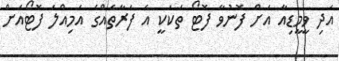
އަދި ވީމީޑިއާ އަށް ފޮނުވާ ފޮޓޯ ތަކަކީ އެ ފަރާތެއްގެ އަމިއްލަ ފޮޓޯއަށް